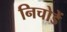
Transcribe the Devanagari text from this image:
निचोडें